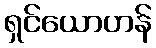
ရှင်ယောဟန်